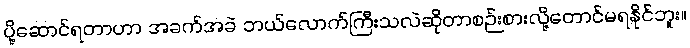
ပို့ဆောင်ရတာဟာ အခက်အခဲ ဘယ်လောက်ကြီးသလဲဆိုတာစဉ်းစားလို့တောင်မရနိုင်ဘူး။